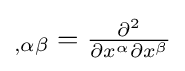
{\textstyle {}_{,\alpha \beta }={\frac {\partial ^{2}}{\partial x^{\alpha }\partial x^{\beta }}}}